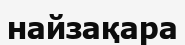
найзақара